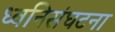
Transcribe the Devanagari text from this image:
ध्वनिसंघटना